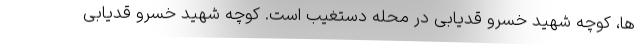
ها، کوچه شهید خسرو قدیابی در محله دستغیب است. کوچه شهید خسرو قدیابی